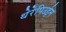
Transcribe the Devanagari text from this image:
थेरेपिउईन